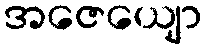
အဇေယျော